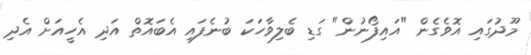
މޫދުގައި އޮވެގެން "އައިފޯނުން" ގަޑި ބެލިވާހަކަ ބުނެފައި އެބައޮތް އަދި އެހީއަށް އެދި